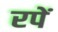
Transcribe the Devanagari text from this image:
रपें